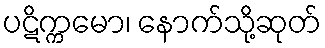
ပဋိက္ကမော၊ နောက်သို့ဆုတ်